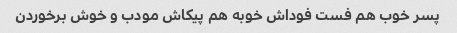
پسر خوب هم فست فوداش خوبه هم پیکاش مودب و خوش برخوردن